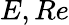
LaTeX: E,Re